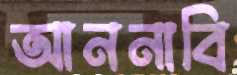
আননাবি